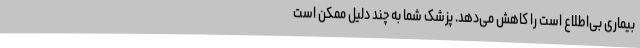
بیماری بی‌اطلاع است را کاهش می‌دهد. پزشک شما به چند دلیل ممکن است